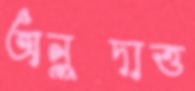
অনুদাত্ত